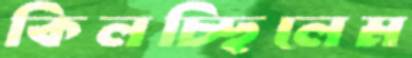
কিলচ্ছিলেম